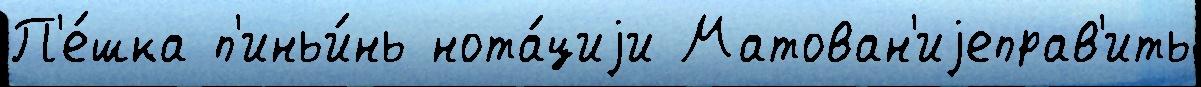
П'е́шка п'иньи́нь нота́циjи Матован'иjеправ'ить